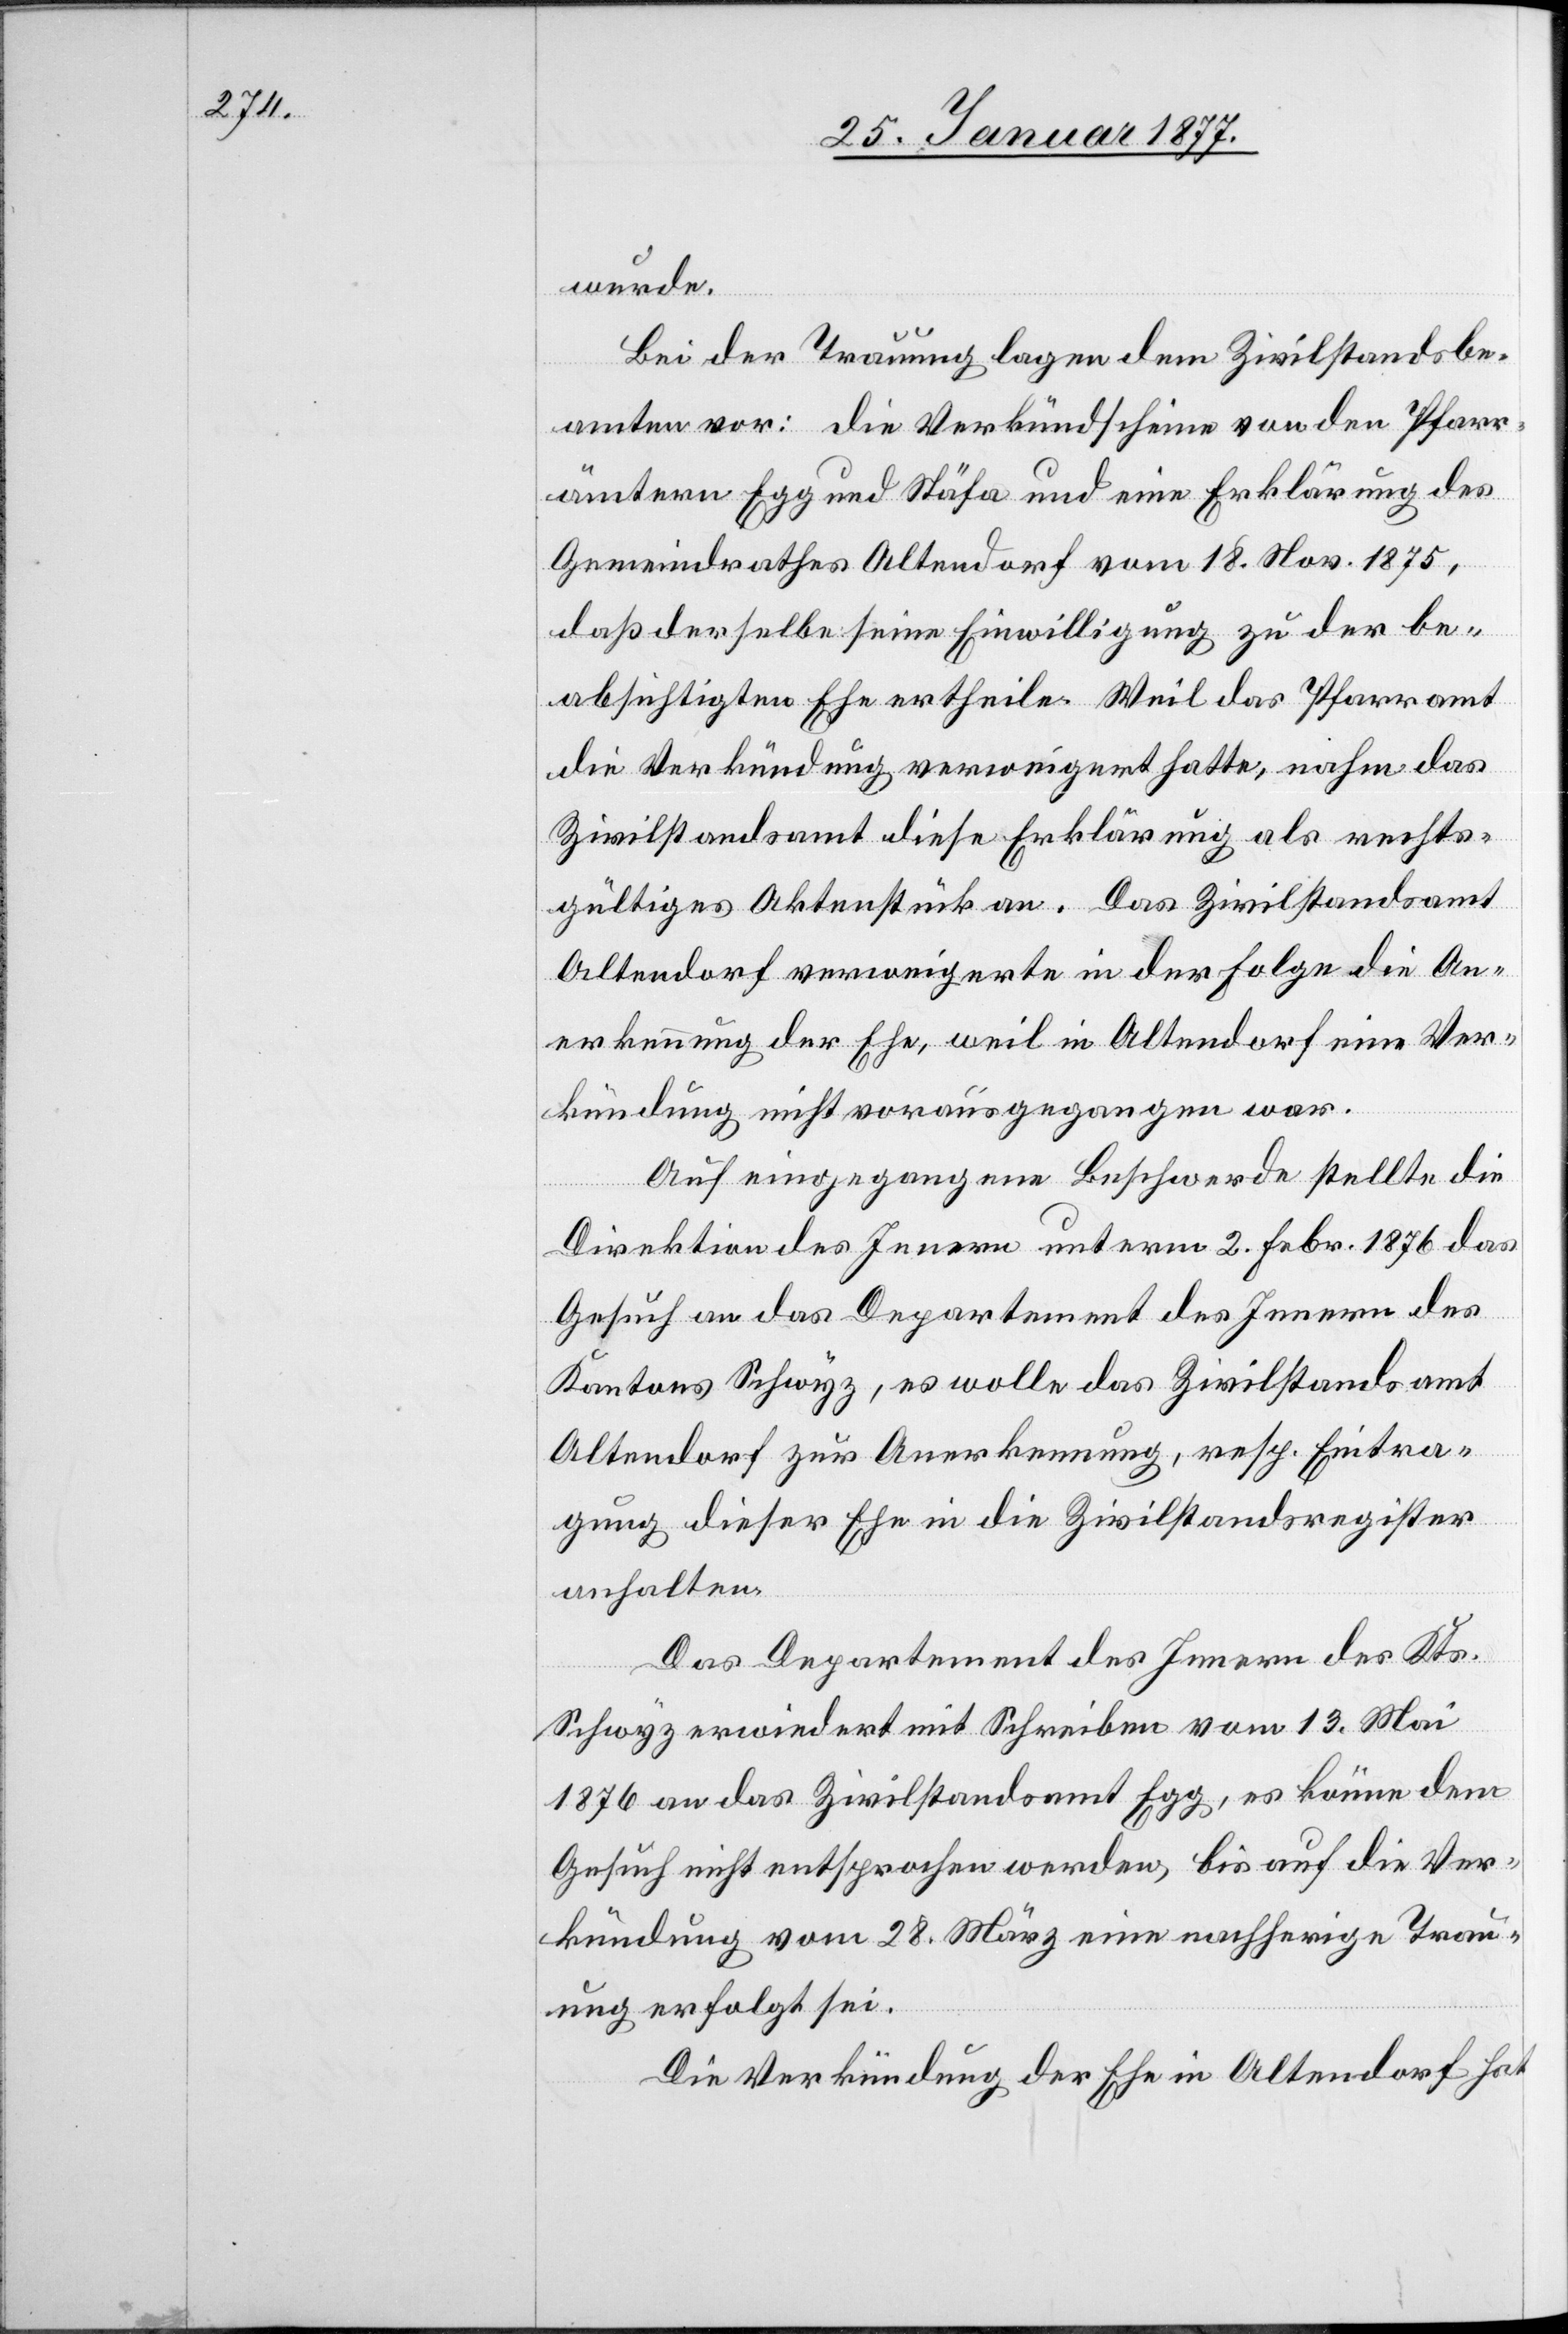
wurde.
Bei der Trauung lagen dem Zivilstandsbe¬
amten vor: Die Verkündscheine von den Pfarr¬
ämtern Egg und Stäfa und eine Erklärung des
Gemeindrathes Altendorf vom 18. Nov. 1875,
daß derselbe seine Einwilligung zu der be¬
absichtigten Ehe ertheile. Weil das Pfarramt
die Verkündung verweigert hatte, nahm das
Zivilstandsamt diese Erklärung als rechts¬
gültiges Aktenstück an. Das Zivilstandsamt
Altendorf verweigerte in der Folge die An¬
erkennung der Ehe, weil in Altendorf eine Ver¬
kündung nicht vorausgegangen war.
Auf eingegangene Beschwerde stellte die
Direktion des Innern unterm 2. Febr. 1876 das
Gesuch an das Departement des Innern des
Kantons Schwyz, es wolle das Zivilstandsamt
Altendorf zur Anerkennung, resp. Eintra¬
gung dieser Ehe in die Zivilstandsregister
anhalten.
Das Departement des Innern des Kts.
Schwyz erwiedert mit Schreiben vom 13. Mai
1876 an das Zivilstandsamt Egg, es könne dem
Gesuch nicht entsprochen werden, bis auf die Ver¬
kündung vom 28. März eine nachherige Trau¬
ung erfolgt sei.
Die Verkündung der Ehe in Altendorf hat